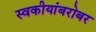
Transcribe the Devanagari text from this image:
स्वकीयांबरोबर